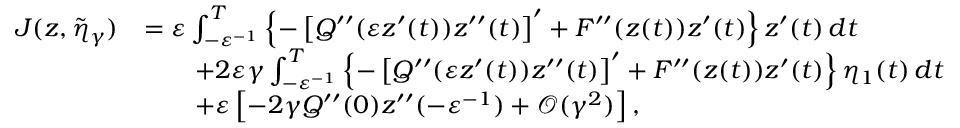
\begin{array} { r l } { J ( z , \tilde { \eta } _ { \gamma } ) } & { = \varepsilon \int _ { - \varepsilon ^ { - 1 } } ^ { T } \left\{ - \left[ Q ^ { \prime \prime } ( \varepsilon z ^ { \prime } ( t ) ) z ^ { \prime \prime } ( t ) \right] ^ { \prime } + F ^ { \prime \prime } ( z ( t ) ) z ^ { \prime } ( t ) \right\} z ^ { \prime } ( t ) \, d t } \\ & { \qquad + 2 \varepsilon \gamma \int _ { - \varepsilon ^ { - 1 } } ^ { T } \left\{ - \left[ Q ^ { \prime \prime } ( \varepsilon z ^ { \prime } ( t ) ) z ^ { \prime \prime } ( t ) \right] ^ { \prime } + F ^ { \prime \prime } ( z ( t ) ) z ^ { \prime } ( t ) \right\} \eta _ { 1 } ( t ) \, d t } \\ & { \qquad + \varepsilon \left[ - 2 \gamma Q ^ { \prime \prime } ( 0 ) z ^ { \prime \prime } ( - \varepsilon ^ { - 1 } ) + \mathcal { O } ( \gamma ^ { 2 } ) \right] , } \end{array}